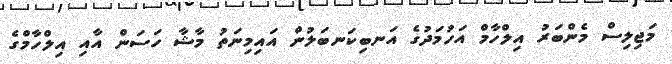
މަޖިލިސް މެންބަރު އިލްހާމް އަހުމަދުގެ އަނބިކަނބަލުން އައިމިނަތު މާޝާ ހަސަން އާއި އިލްހާމްގެ